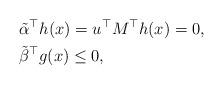
LaTeX: \begin{align*}& \tilde\alpha^\top h(x) = u^\top M^\top h(x) = 0, \\& \tilde \beta^\top g(x)\leq 0,\end{align*}